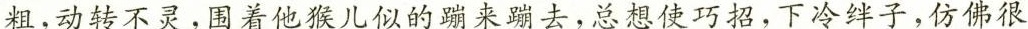
粗，动转不灵，围着他猴儿似的蹦来蹦去，总想使巧招，下冷绊子，仿佛很